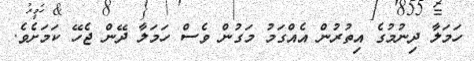
ހަމަލާ ދިނުމުގެ އިތުރުން އެއްގަމު މަގުން ވެސް ހަމަލާ ދޭން ޖެހޭ ކަމަށެވެ.